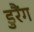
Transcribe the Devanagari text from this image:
डुरैंग